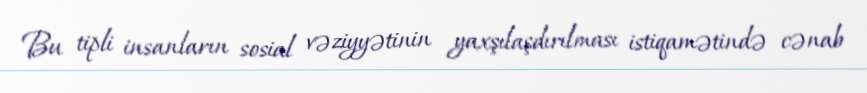
Bu tipli insanların sosial vəziyyətinin yaxşılaşdırılması istiqamətində cənab